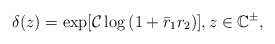
\begin{align*}\delta(z)= \exp [ {\mathcal{C} \log \left(1+\bar{r}_1 r_2\right)}] , z \in \mathbb{C}^{\pm},\end{align*}